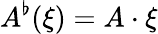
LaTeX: A^{\flat}(\xi)=A\cdot\xi